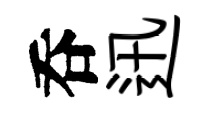
呑迅